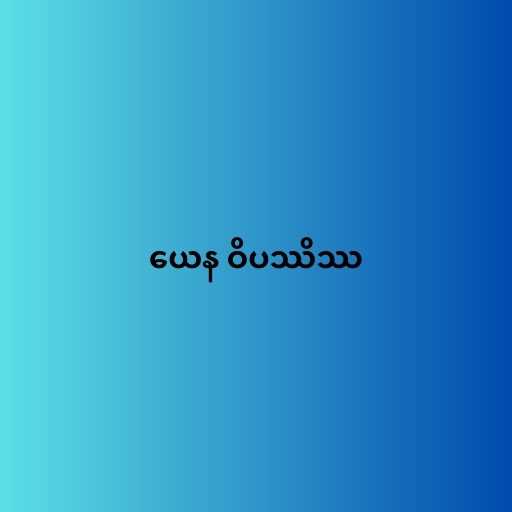
ယေန ဝိပဿိဿ